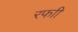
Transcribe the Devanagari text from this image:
रफाी